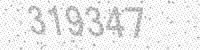
Solution: 319347